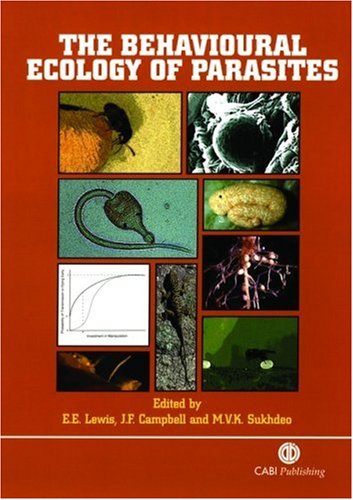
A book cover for The Behavioural Ecology of Parasites; Edwin E Lewis; Medical Books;